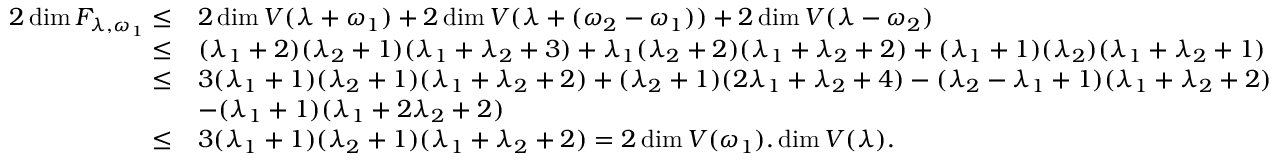
\begin{array} { r l } { 2 \dim \cal F _ { \lambda , \omega _ { 1 } } \leq } & { 2 \dim V ( \lambda + \omega _ { 1 } ) + 2 \dim V ( \lambda + ( \omega _ { 2 } - \omega _ { 1 } ) ) + 2 \dim V ( \lambda - \omega _ { 2 } ) } \\ { \leq } & { ( \lambda _ { 1 } + 2 ) ( \lambda _ { 2 } + 1 ) ( \lambda _ { 1 } + \lambda _ { 2 } + 3 ) + \lambda _ { 1 } ( \lambda _ { 2 } + 2 ) ( \lambda _ { 1 } + \lambda _ { 2 } + 2 ) + ( \lambda _ { 1 } + 1 ) ( \lambda _ { 2 } ) ( \lambda _ { 1 } + \lambda _ { 2 } + 1 ) } \\ { \leq } & { 3 ( \lambda _ { 1 } + 1 ) ( \lambda _ { 2 } + 1 ) ( \lambda _ { 1 } + \lambda _ { 2 } + 2 ) + ( \lambda _ { 2 } + 1 ) ( 2 \lambda _ { 1 } + \lambda _ { 2 } + 4 ) - ( \lambda _ { 2 } - \lambda _ { 1 } + 1 ) ( \lambda _ { 1 } + \lambda _ { 2 } + 2 ) } \\ & { - ( \lambda _ { 1 } + 1 ) ( \lambda _ { 1 } + 2 \lambda _ { 2 } + 2 ) } \\ { \leq } & { 3 ( \lambda _ { 1 } + 1 ) ( \lambda _ { 2 } + 1 ) ( \lambda _ { 1 } + \lambda _ { 2 } + 2 ) = 2 \dim V ( \omega _ { 1 } ) . \dim V ( \lambda ) . } \end{array}